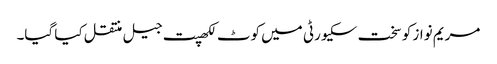
مریم نواز کو سخت سکیورٹی میں کوٹ لکھپت جیل منتقل کیا گیا۔